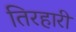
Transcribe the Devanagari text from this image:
तिरहारी